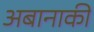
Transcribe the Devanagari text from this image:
अबानाकी